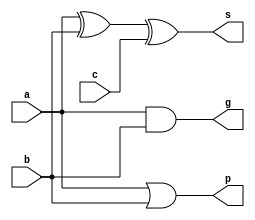
`timescale 1ns / 1ps
//////////////////////////////////////////////////////////////////////////////////
// Company: 
// Engineer: 
// 
// Design Name: 
// Module Name: add
// Project Name: 
// Target Devices: 
// Tool Versions: 
// Description: 
// 
// Dependencies: 
// 
// Revision:
// Revision 0.01 - File Created
// Additional Comments:
// 
//////////////////////////////////////////////////////////////////////////////////


module add(a,b,c,g,p,s);
    input a,b,c;
    output g,p,s;
    assign s = a ^ b ^ c;
    assign g = a & b;
    assign p = a | b;
endmodule